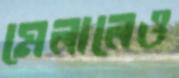
মেলালেও